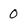
Character: 0